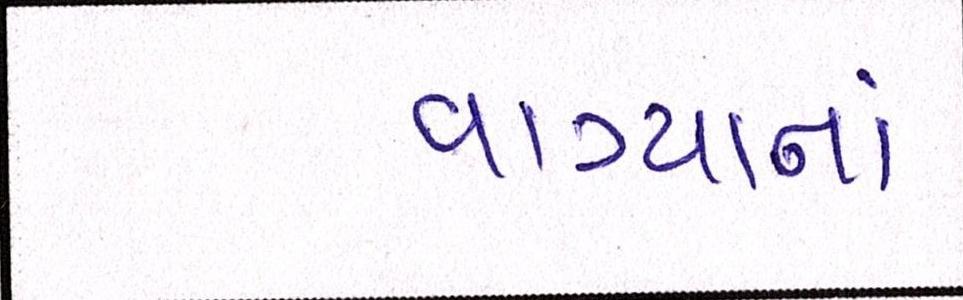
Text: વાગ્યાનાં